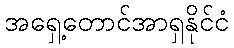
အရှေ့တောင်အာရှနိုင်ငံ